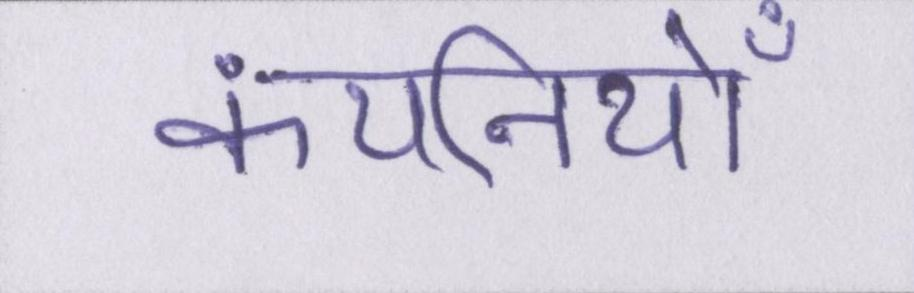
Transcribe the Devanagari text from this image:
कंपनियोँ